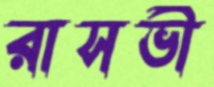
রাসভী